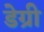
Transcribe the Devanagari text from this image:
डेग्री